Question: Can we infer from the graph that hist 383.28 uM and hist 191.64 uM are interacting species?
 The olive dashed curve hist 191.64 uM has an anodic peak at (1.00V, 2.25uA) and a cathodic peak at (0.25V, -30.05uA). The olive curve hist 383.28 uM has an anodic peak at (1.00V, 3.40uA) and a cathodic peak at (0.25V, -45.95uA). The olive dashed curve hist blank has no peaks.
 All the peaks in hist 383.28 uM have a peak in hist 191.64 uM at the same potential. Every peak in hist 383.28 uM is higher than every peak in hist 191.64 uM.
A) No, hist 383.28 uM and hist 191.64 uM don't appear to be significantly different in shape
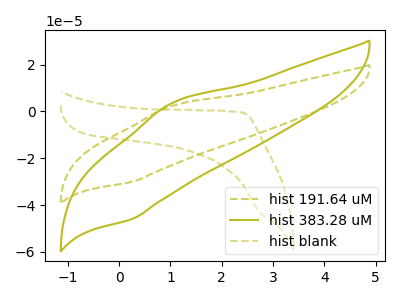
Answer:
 <answer>A) No, "hist 383.28 uM" and "hist 191.64 uM" don't appear to be significantly different in shape</answer>
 <eval>A</eval>